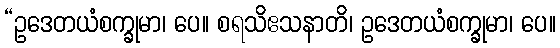
“ဥဒေတယံစက္ခုမာ၊ ပေ။ စရသိဧသနာတိ၊ ဥဒေတယံစက္ခုမာ၊ ပေ။